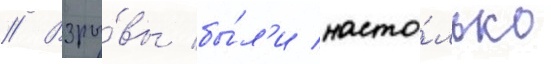
// Взры́вы бы́л'и насто́лько